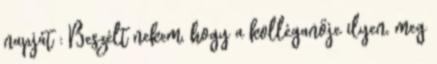
napját : Beszélt nekem, hogy a kolléganője ilyen, meg